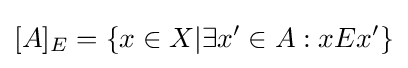
[A]_{E}=\lbrace x\in X|\exists x'\in A:xEx'\rbrace